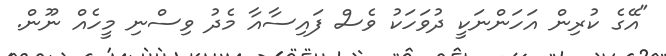
"އޭގެ ކުރިން އަހަންނަކީ ދުވަހަކު ވެސް ފައިސާއާ މެދު ވިސްނި މީހެއް ނޫން.